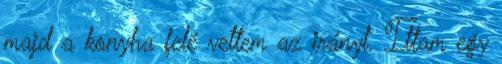
majd a konyha felé vettem az irányt. Ittam egy